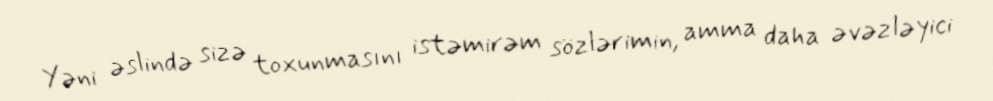
Yəni əslində sizə toxunmasını istəmirəm sözlərimin, amma daha əvəzləyici